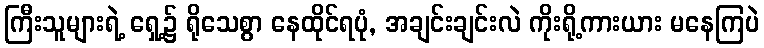
ကြီးသူများရဲ့ ရှေ့၌ ရိုသေစွာ နေထိုင်ရပုံ, အချင်းချင်းလဲ ကိုးရို့ကားယား မနေကြပဲ